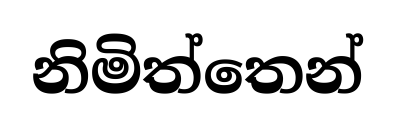
නිමිත්තෙන්